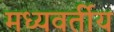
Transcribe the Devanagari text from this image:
मध्यवर्तीय